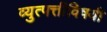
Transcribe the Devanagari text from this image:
व्युत्पत्तीविषयी